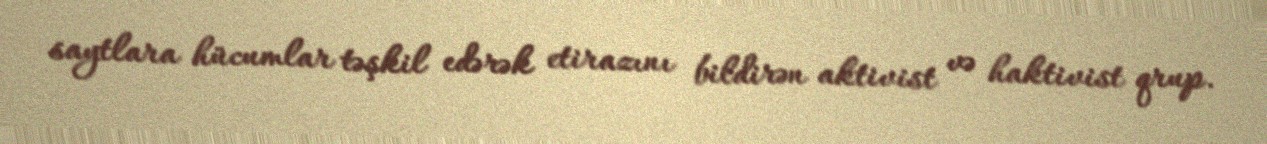
saytlara hücumlar təşkil edərək etirazını bildirən aktivist və haktivist qrup.